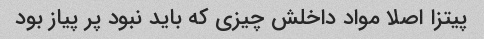
پیتزا اصلا مواد داخلش چیزی که باید نبود پر پیاز بود